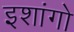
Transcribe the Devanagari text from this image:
इशांगो